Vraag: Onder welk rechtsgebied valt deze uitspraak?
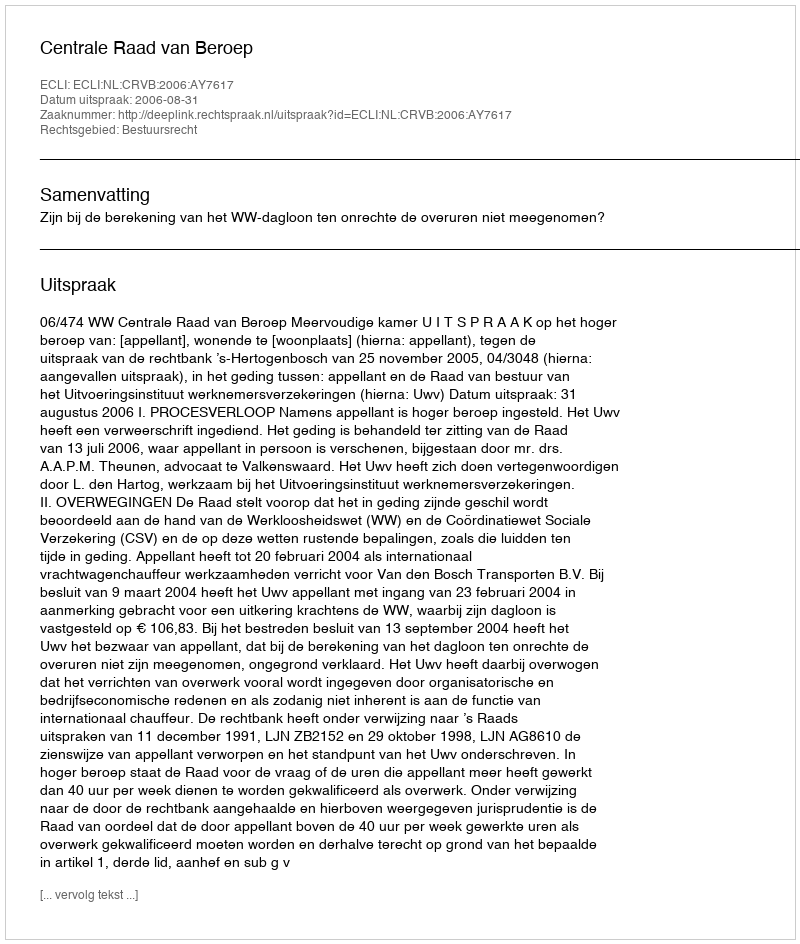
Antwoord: Bestuursrecht